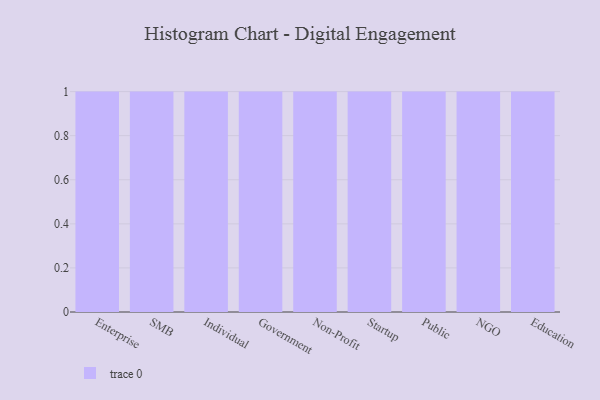
{"axis": {"x": "Segment", "y": "Waste Production (Tons)"}, "legend": [""], "data": [{"x": "Enterprise", "y": 91, "type": ""}, {"x": "SMB", "y": 15, "type": ""}, {"x": "Individual", "y": 54, "type": ""}, {"x": "Government", "y": 18, "type": ""}, {"x": "Non-Profit", "y": 2, "type": ""}, {"x": "Startup", "y": 69, "type": ""}, {"x": "Public", "y": 7, "type": ""}, {"x": "NGO", "y": 74, "type": ""}, {"x": "Education", "y": 72, "type": ""}]}